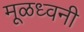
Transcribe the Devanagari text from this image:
मूळध्वनी